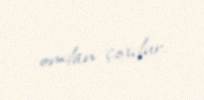
ondan çoxdur.